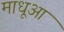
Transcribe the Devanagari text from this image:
माधूआ